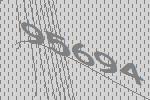
95694